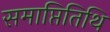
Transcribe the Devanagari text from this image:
समाप्तितिथि